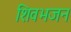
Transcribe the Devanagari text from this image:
शिवभजन